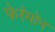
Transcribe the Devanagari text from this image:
फेरॅमोन